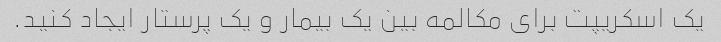
یک اسکریپت برای مکالمه بین یک بیمار و یک پرستار ایجاد کنید.